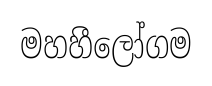
මහහීලෝගම